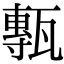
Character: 甎